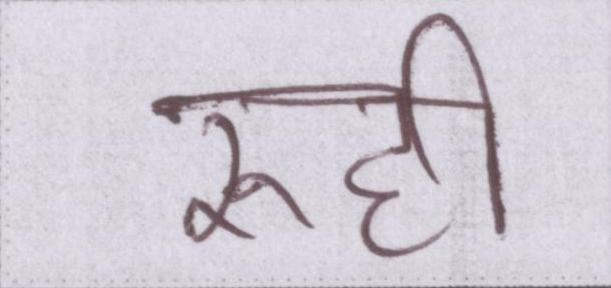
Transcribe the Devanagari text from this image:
रूही